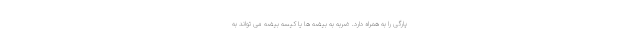
پارگی را به همراه دارد. ضربه به بیضه ها یا کیسه بیضه می تواند به